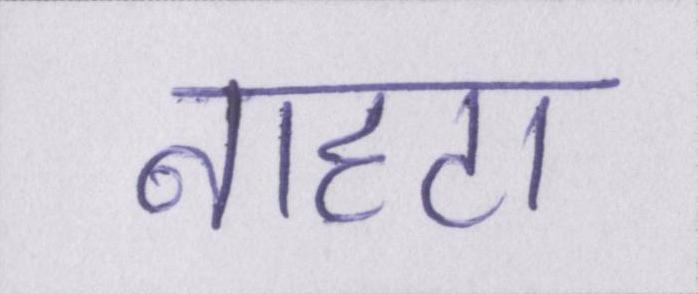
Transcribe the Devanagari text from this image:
नाहटा